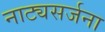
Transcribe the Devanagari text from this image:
नाट्यसर्जना